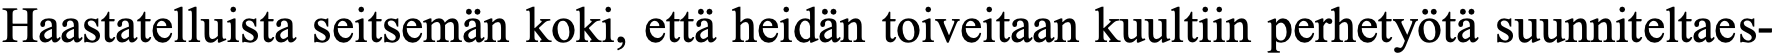
Haastatelluista seitsemän koki, että heidän toiveitaan kuultiin perhetyötä suunniteltaes-